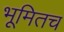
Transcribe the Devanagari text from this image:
भूमितच